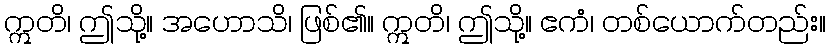
ဣတိ၊ ဤသို့။ အဟောသိ၊ ဖြစ်၏။ ဣတိ၊ ဤသို့။ ဧကံ၊ တစ်ယောက်တည်း။